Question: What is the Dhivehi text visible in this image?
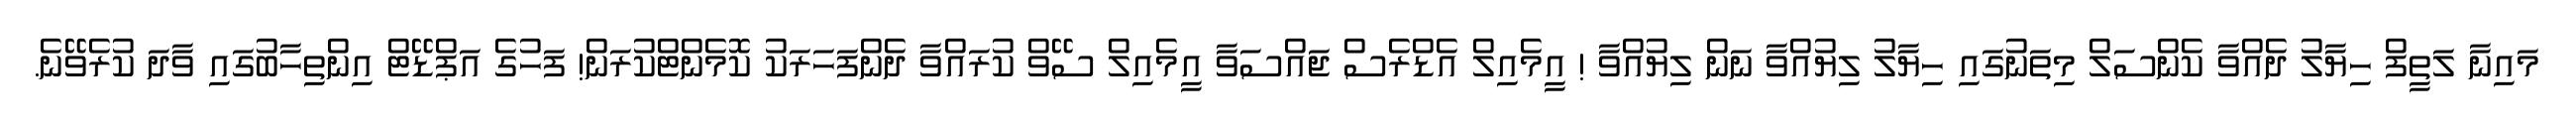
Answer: މައިނާ ލަތީފް ހިޔާލު ދެއްވާ ކެންސަލް މިތަނުގައި ހިޔާލު ލިޔުއްވާ ނަން ލިޔުއްވާ ! އީމެއިލް އެޑްރެސް ޖައްސަވާ އީމެއިލް ސޭވް ކުރައްވާ ދެންފަހަރަކު ކޮމެންޓްކުރަން! ފަހުގެ އަޕްޑޭޓް އިންތިހާބުގައި ވާދަ ކުރެވޭނެ.